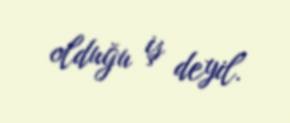
olduğu iş deyil.